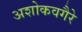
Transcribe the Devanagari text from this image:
अशोकवगैरे